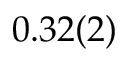
0 . 3 2 ( 2 )